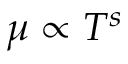
\mu \propto T ^ { s }